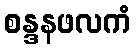
စန္ဒနဖလကံ